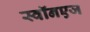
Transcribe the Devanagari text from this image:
स्वॉनएज